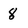
Character: 8